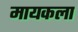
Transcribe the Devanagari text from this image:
मायकला